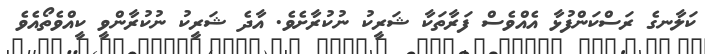
ކަލާނގެ ރަސްކަންފުޅާ އެއްވެސް ފަރާތަކާ ޝަރީކު ނުކުރާށެވެ. އާދެ ޝަރީކު ނުކުރާންވީ ކީއްވެތޯއެވެ